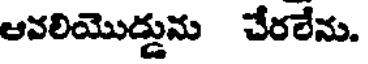
ఆవలియొడ్డును చేరలేను.